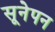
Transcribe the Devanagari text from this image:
सूनेपन